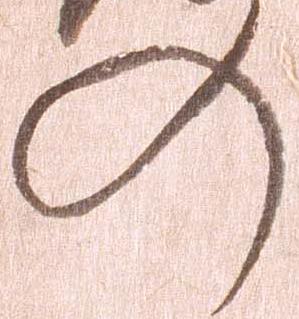
の